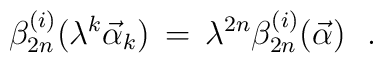
\beta_{2n}^{(i)} ( \lambda^{k} {\vec \alpha}_{k} )\, = \, \lambda^{2n} \beta_{2n}^{(i)} ({\vec \alpha})\,\,\,\,.